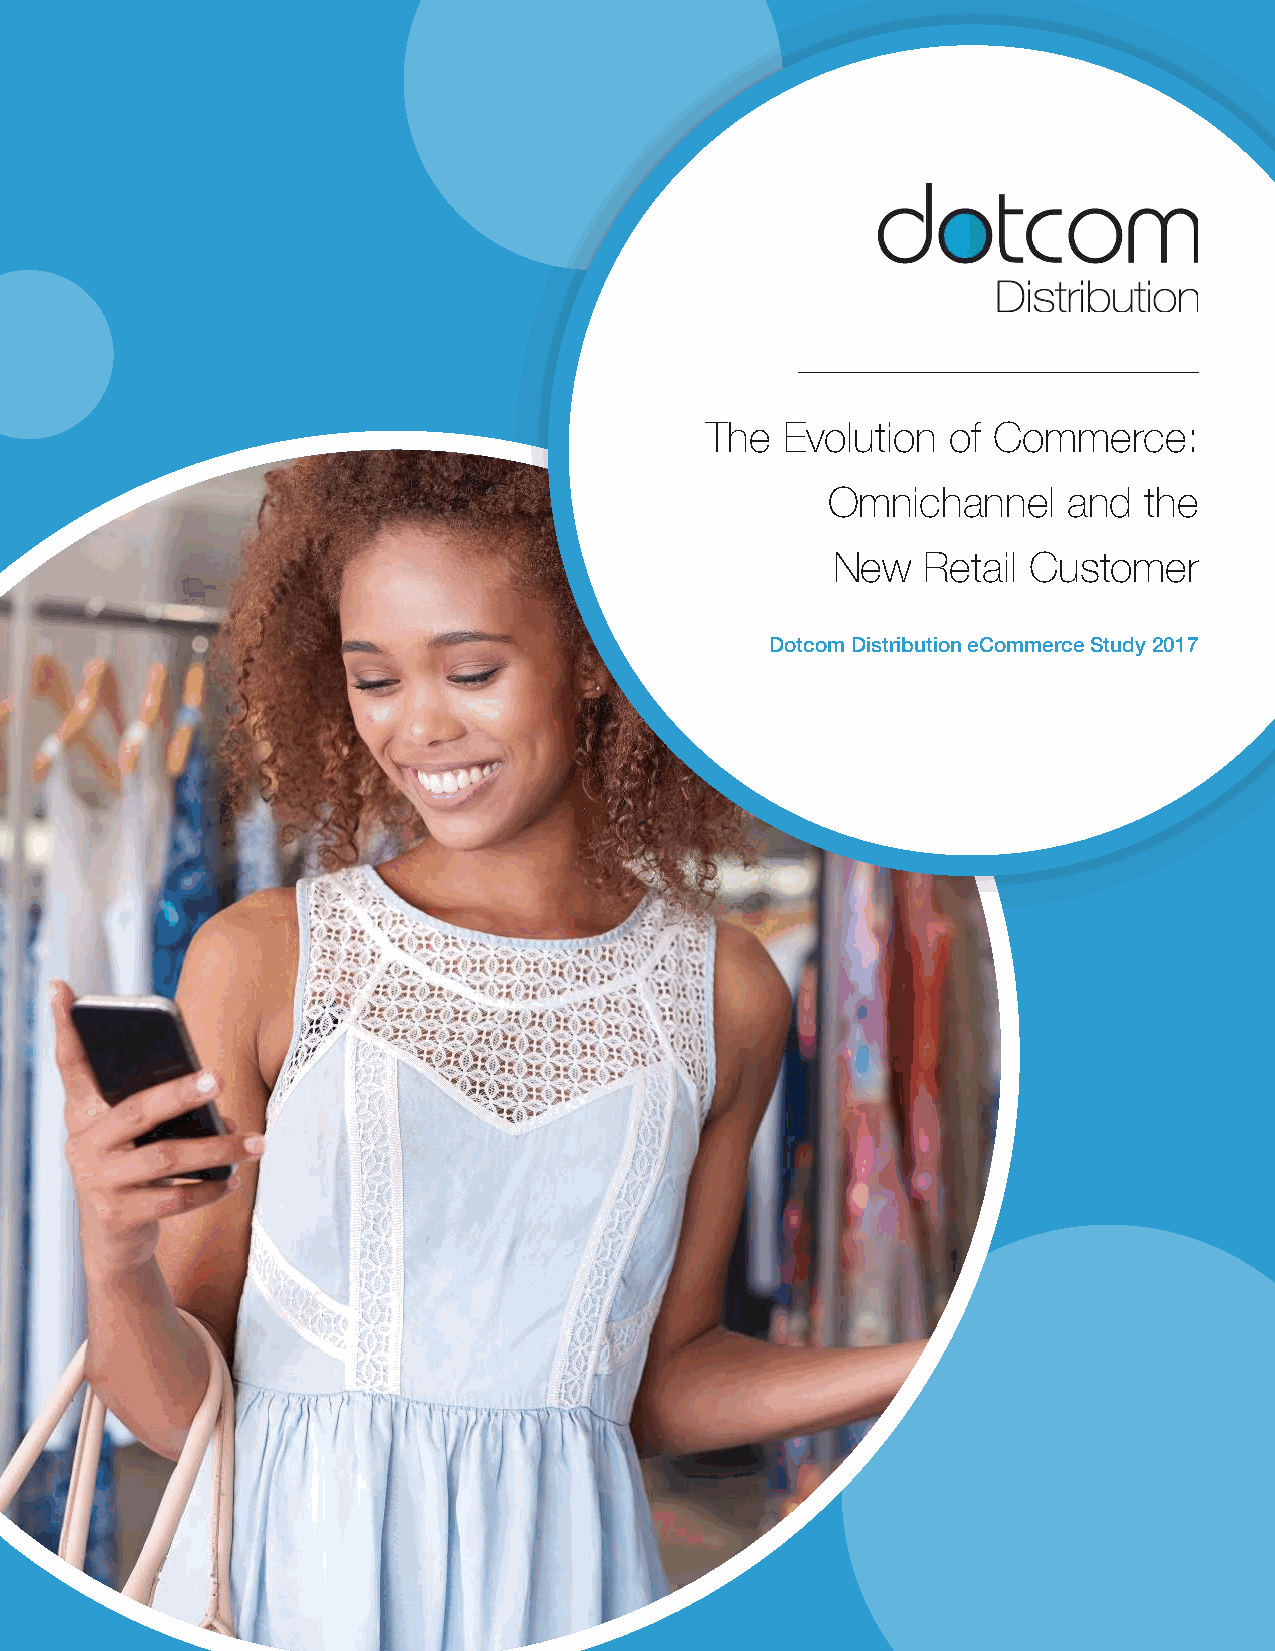
The  Evolution  of Commerce:
 Omnichannel     and  the
 New   Retail Customer
 Dotcom Distribution eCommerce Study 2017
 Dotcom Distribution eCommerce Study 2017                    www.dotcomdist.com 1